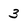
Character: 3